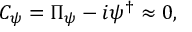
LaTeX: { \cal C } _ { \psi } = \Pi _ { \psi } - i \psi ^ { \dagger } \approx 0 ,